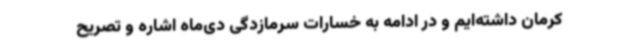
کرمان داشته‌ایم و در ادامه به خسارات سرمازدگی دی‌ماه اشاره و تصریح